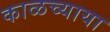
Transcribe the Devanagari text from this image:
काळच्याया